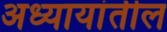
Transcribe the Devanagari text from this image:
अध्यायांतील